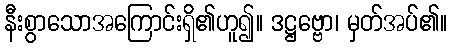
နီးစွာသောအကြောင်းရှိ၏ဟူ၍။ ဒဋ္ဌဗ္ဗော၊ မှတ်အပ်၏။